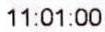
11:01:00